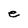
Character: e